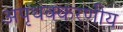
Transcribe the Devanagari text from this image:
अपृथक्करणीय